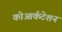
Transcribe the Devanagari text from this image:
कोआर्कटेशन